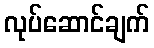
လုပ်ဆောင်ချက်